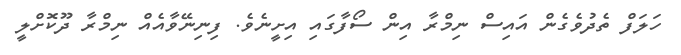
ހަލަފް ތެދުވެގެން އައިސް ނިމްރާ އިން ސޯފާގައި އިށީނެވެ. ފިނިނޭވާއެއް ނިމްރާ ދޫކޮށްލީ